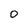
Character: 0